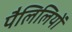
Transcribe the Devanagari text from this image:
पैलिलियों